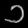
Digit: ၁